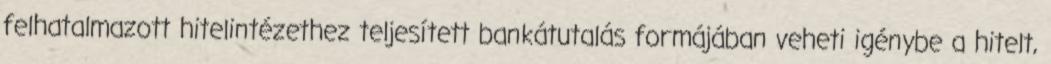
felhatalmazott hitelintézethez teljesített bankátutalás formájában veheti igénybe a hitelt,